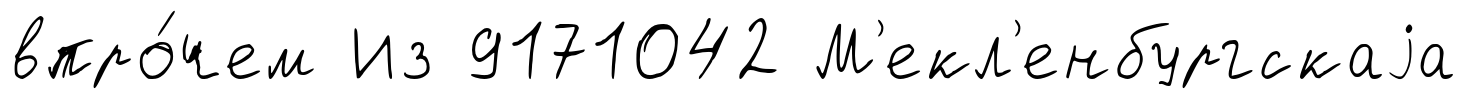
впро́чем Из 9171042 М'екл'енбургскаjа